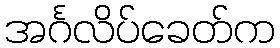
အင်္ဂလိပ်ခေတ်က